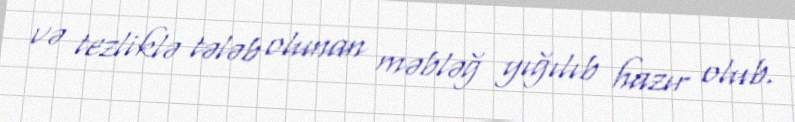
və tezliklə tələb olunan məbləğ yığılıb hazır olub.